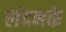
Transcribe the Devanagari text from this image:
लंदनके